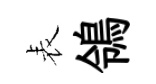
表鴒